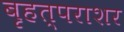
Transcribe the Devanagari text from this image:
बृहत्पराशर